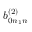
b _ { 0 n _ { 1 } n } ^ { ( 2 ) }